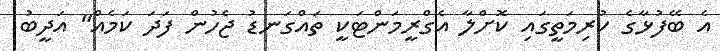
އެ ބޭފުޅާގެ ކުރިމަތީގައި ކޮށްލާ އެގްރީމަންޓަކީ ތައްގަނޑު ޖެހުން ފަދަ ކަމެއް" އަދީބު